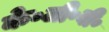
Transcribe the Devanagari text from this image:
के॰जी॰बी॰